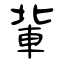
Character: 軰